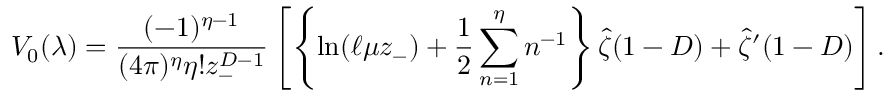
V _ { 0 } ( \lambda ) = { \frac { ( - 1 ) ^ { \eta - 1 } } { ( 4 \pi ) ^ { \eta } \eta ! z _ { - } ^ { D - 1 } } } \left[ \left\{ \ln ( \ell \mu z _ { - } ) + { \frac { 1 } { 2 } } \sum _ { n = 1 } ^ { \eta } n ^ { - 1 } \right\} \hat { \zeta } ( 1 - D ) + \hat { \zeta } ^ { \prime } ( 1 - D ) \right] .